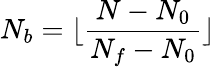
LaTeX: N_{b}=\lfloor\frac{N-N_{0}}{N_{f}-N_{0}}\rfloor